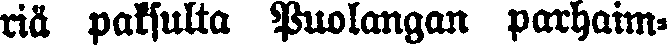
riä paksulta Puolangan parhaim-